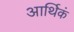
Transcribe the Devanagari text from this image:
आर्थिकं